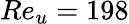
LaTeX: Re_{u}=198